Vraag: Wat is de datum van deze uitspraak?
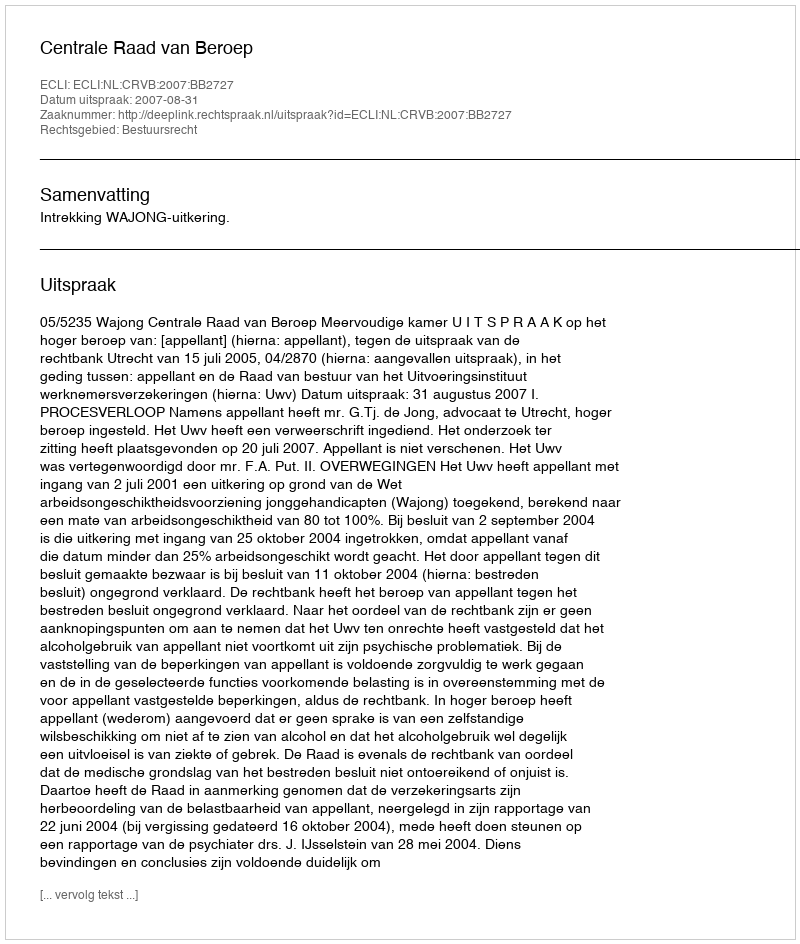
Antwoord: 2007-08-31